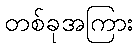
တစ်ခုအကြား